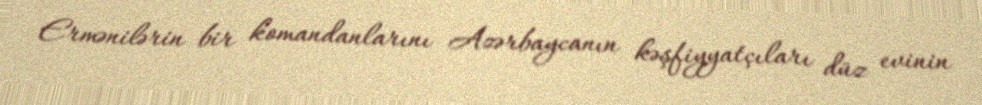
Ermənilərin bir komandanlarını Azərbaycanın kəşfiyyatçıları düz evinin